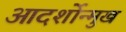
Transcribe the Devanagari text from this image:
आदर्शोन्‍मुख